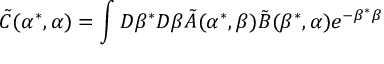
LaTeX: \tilde { C } ( \alpha ^ { * } , \alpha ) = \int D \beta ^ { * } D \beta \tilde { A } ( \alpha ^ { * } , \beta ) \tilde { B } ( \beta ^ { * } , \alpha ) e ^ { - \beta ^ { * } \beta }